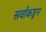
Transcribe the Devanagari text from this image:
सर्वांकडून